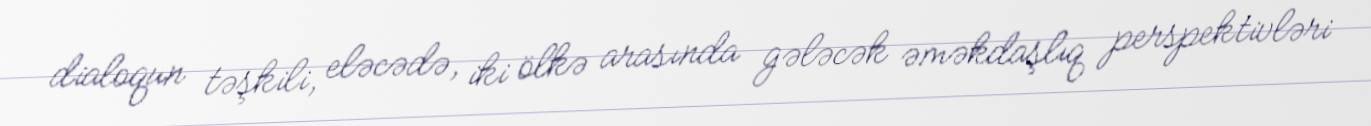
dialoqun təşkili, eləcədə, iki ölkə arasında gələcək əməkdaşlıq perspektivləri